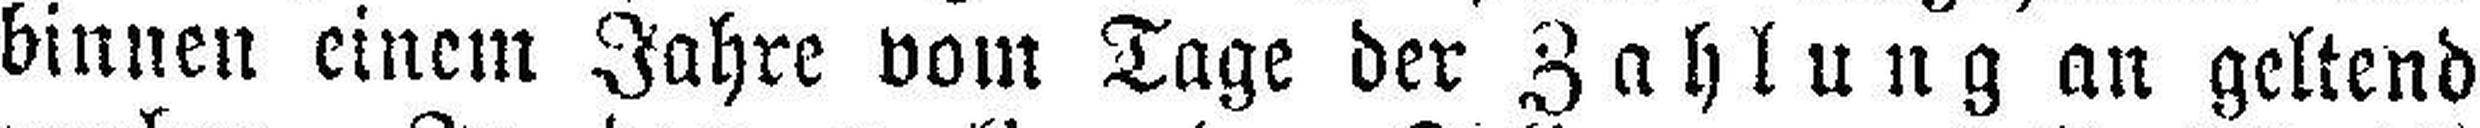
binnen einem Jahre vom Tage der Zahlung an geltend